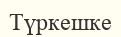
Түркешке